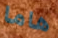
هاما